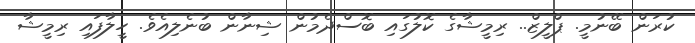
ކުރަން ބޭނުމީ. ޕްލީޒް.. ރިމީޝާގެ ކޮލުގައި ބޮސްދެމުން ޝިނާން ބުނެލިއެވެ. ހީލާފައި ރިމީޝާ